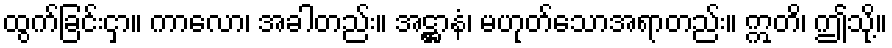
ထွက်ခြင်းငှာ။ ကာလော၊ အခါတည်း။ အဋ္ဌာနံ၊ မဟုတ်သောအရာတည်း။ ဣတိ၊ ဤသို့။